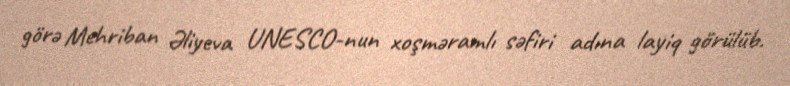
görə Mehriban Əliyeva UNESCO-nun xoşməramlı səfiri adına layiq görülüb.